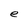
Character: e